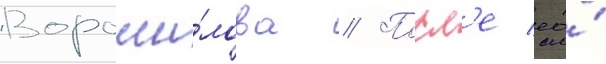
Вороши́лова // Посл'е ео́